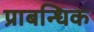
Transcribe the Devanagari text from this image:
प्राबन्धिक